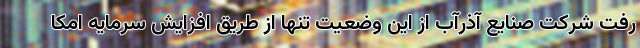
رفت شرکت صنایع آذرآب از این وضعیت تنها از طریق افزایش سرمایه امکا